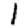
Digit: 1